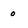
Character: 0